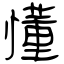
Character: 懂